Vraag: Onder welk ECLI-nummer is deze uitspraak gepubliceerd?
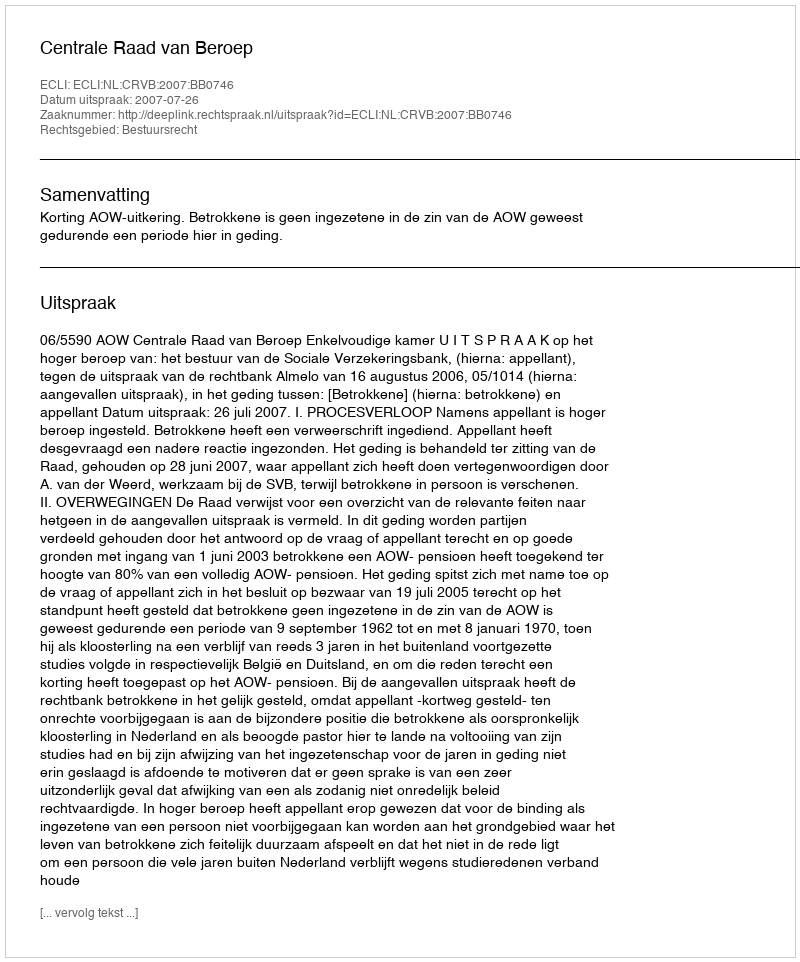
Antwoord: ECLI:NL:CRVB:2007:BB0746